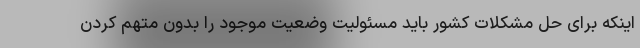
اینکه برای حل مشکلات کشور باید مسئولیت وضعیت موجود را بدون متهم کردن